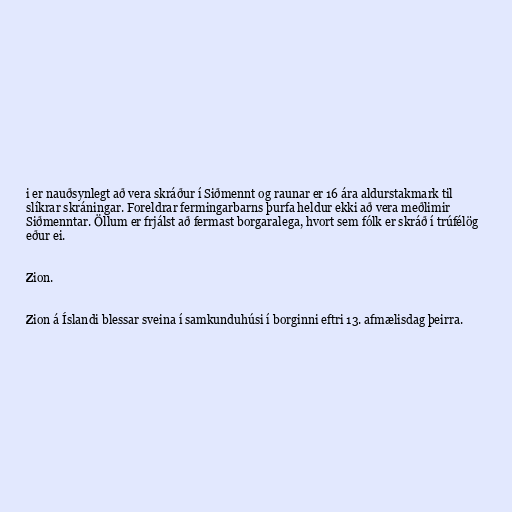
i er nauðsynlegt að vera skráður í Siðmennt og raunar er 16 ára aldurstakmark til
slíkrar skráningar. Foreldrar fermingarbarns þurfa heldur ekki að vera meðlimir
Siðmenntar. Öllum er frjálst að fermast borgaralega, hvort sem fólk er skráð í trúfélög
eður ei.

Zion.

Zion á Íslandi blessar sveina í samkunduhúsi í borginni eftri 13. afmælisdag þeirra.